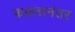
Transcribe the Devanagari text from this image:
फलनानंतर